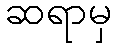
ဆရာမှ